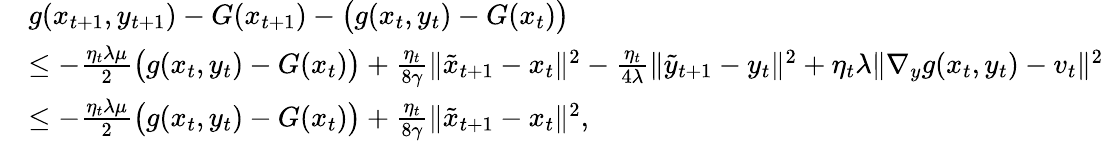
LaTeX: \begin{array}{rl}&{g(x_{t+1},y_{t+1})-G(x_{t+1})-\big(g(x_{t},y_{t})-G(x_{t})\big)}\\ &{\leq-\frac{\eta_{t}\lambda\mu}{2}\big(g(x_{t},y_{t})-G(x_{t})\big)+\frac{\eta_{t}}{8\gamma}\| \tilde{x}_{t+1}-x_{t}\| ^{2}-\frac{\eta_{t}}{4\lambda}\| \tilde{y}_{t+1}-y_{t}\| ^{2}+\eta_{t}\lambda\| \nabla_{y}g(x_{t},y_{t})-v_{t}\| ^{2}}\\ &{\leq-\frac{\eta_{t}\lambda\mu}{2}\big(g(x_{t},y_{t})-G(x_{t})\big)+\frac{\eta_{t}}{8\gamma}\| \tilde{x}_{t+1}-x_{t}\| ^{2},}\end{array}